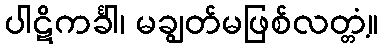
ပါဋိကင်္ခါ၊ မချွတ်မဖြစ်လတ္တံ့။